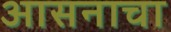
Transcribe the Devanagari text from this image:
आसनाचा